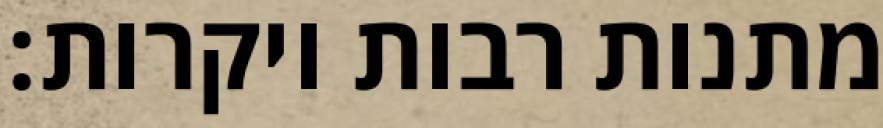
מתנות רבות ויקרות: